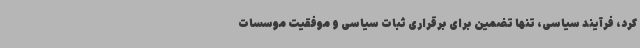
کرد، فرآیند سیاسی، تنها تضمین برای برقراری ثبات سیاسی و موفقیت موسسات